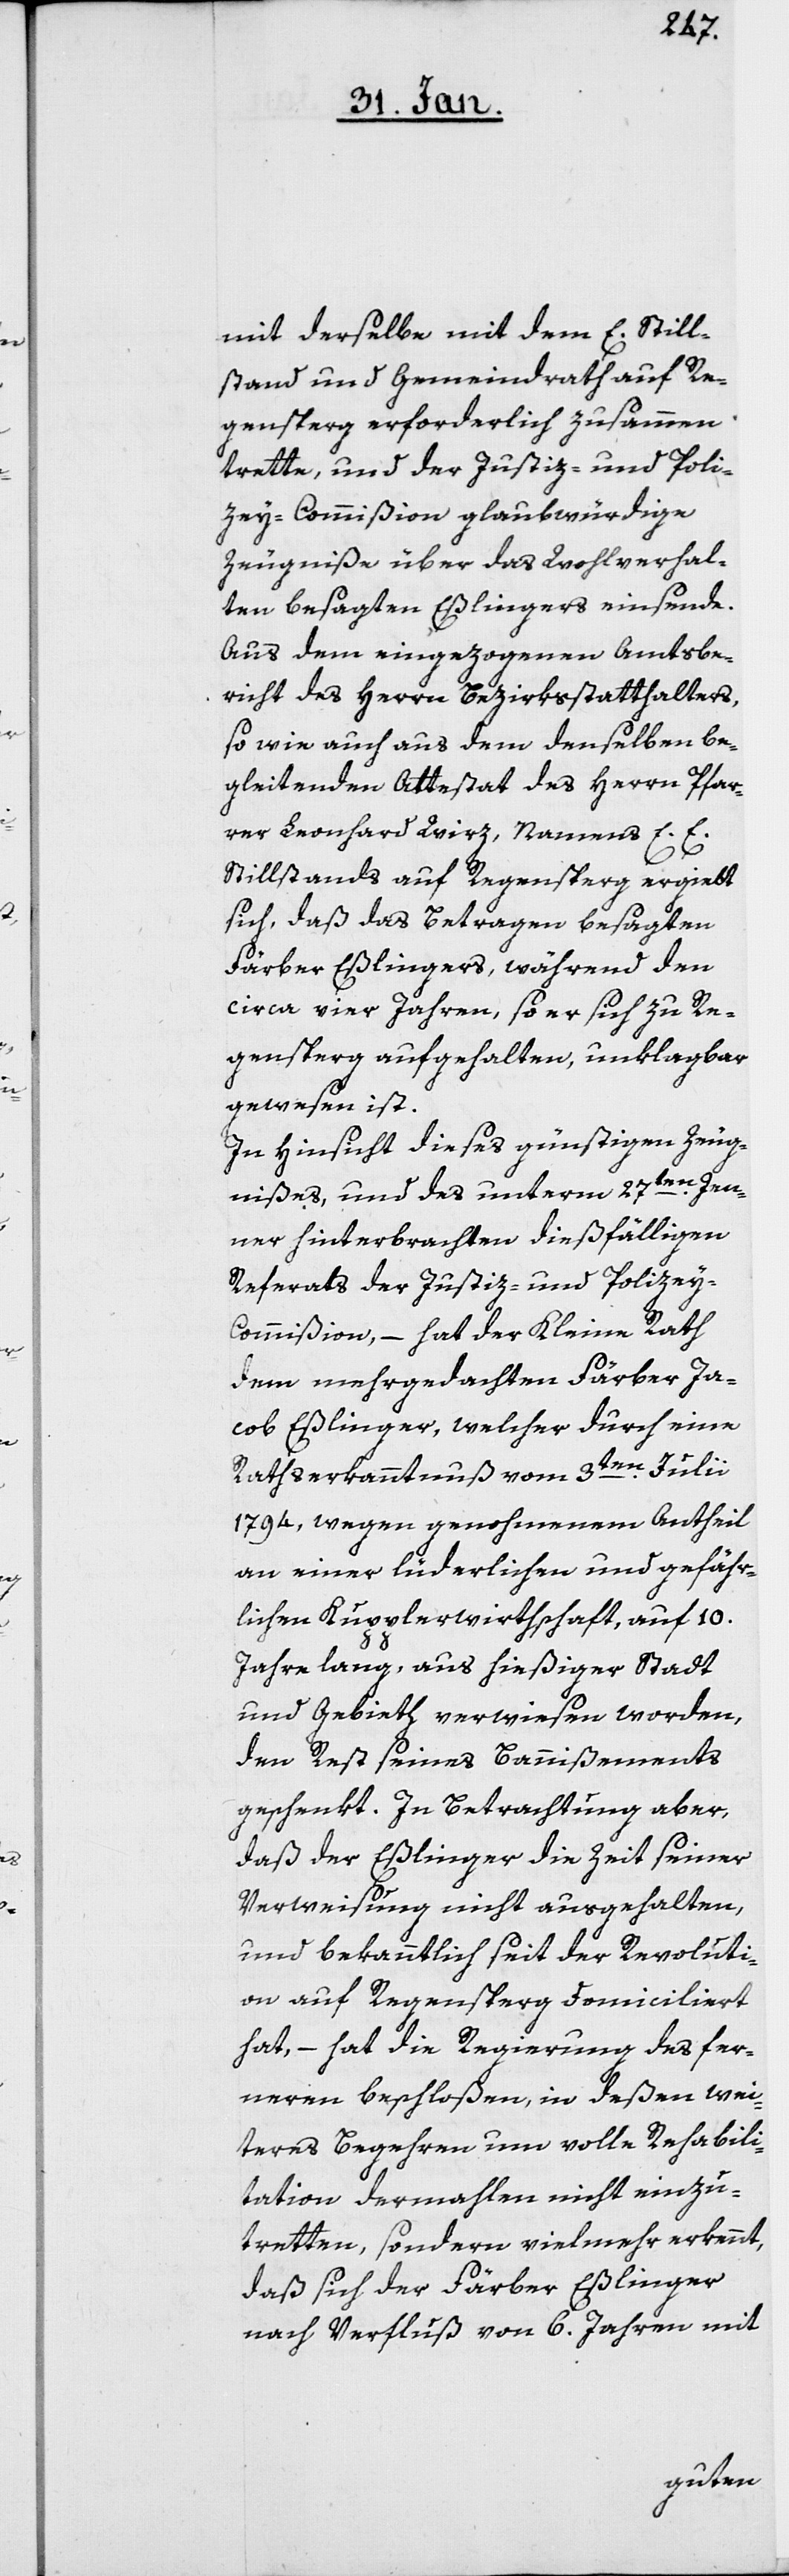
mit derselbe mit dem E. Still¬
stand und Gemeindrath auf Re¬
gensperg erforderlich zusammen
trette, und der Justiz- und Poli¬
zey-Commißion glaubwürdige
Zeugniße über das Wohlverhal¬
ten besagten Eßlingers einsende.
Aus dem eingezogenen Amtsbe¬
richt des Herrn Bezirksstatthalters,
so wie auch aus dem denselben be¬
gleitenden Attestat des Herrn Pfar¬
rer Leonhard Wirz, Namens E. E.
Stillstands auf Regensperg ergiebt
sich, daß das Betragen besagten
Färber Eßlingers, während den
circa vier Jahren, so er sich zu Re¬
gensberg aufgehalten, unklagbar
gewesen ist.
In Hinsicht dieses günstigen Zeug¬
nißes, und des unterm 27ten. Jen¬
ner hinterbrachten dießfälligen
Referats der Justiz- und Polizey-C¬
ommißion, – hat der Kleine Rath
dem mehrgedachten Färber Ja¬
cob Eßlinger, welcher durch eine
Rathserkanntnuß vom 3ten. Julii
1794, wegen genohmenem Antheil
an einer lüderlichen und gefähr¬
lichen Kupplerwirthschaft, auf 10.
Jahre lang, aus hießiger Stadt
und Gebieth verwiesen worden,
den Rest seines Bannißements
geschenkt. In Betrachtung aber,
daß der Eßlinger die Zeit seiner
Verweisung nicht ausgehalten,
und bekanntlich seit der Revoluti¬
on auf Regensperg domiciliert
hat, – hat die Regierung des fer¬
neren beschloßen, in deßen wei¬
teres Begehren um volle Rehabili¬
tation dermahlen nicht einzu¬
tretten, sondern vielmehr erkennt,
daß sich der Färber Eßlinger
nach Verfluß von 6. Jahren mit